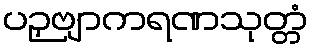
ပဉှဗျာကရဏသုတ္တံ